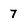
Character: 7